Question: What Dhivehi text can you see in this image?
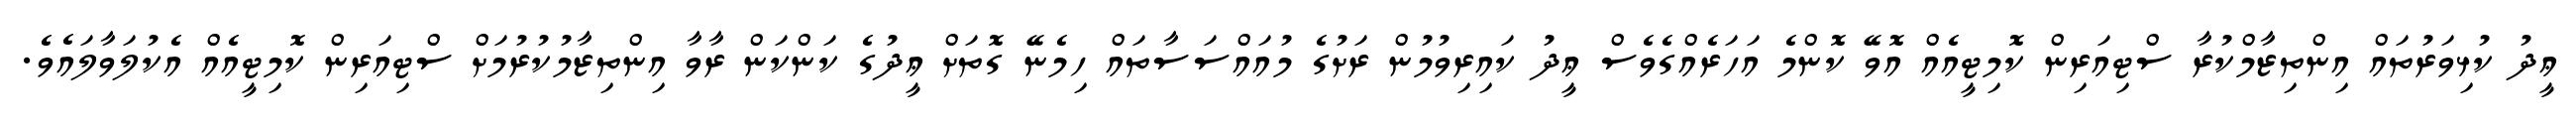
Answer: ޢީދު ކުޅިވަރުތައް އިންތިޒާމްކުރާ ސްޓިއަރިން ކޮމިޓީއެއް އޮވޭ ކޮންމެ އަހަރެއްގެވެސް ޢީދު ކައިރިވުމުން ރަށުގެ މުއައްސަސާތައް ހިމެނޭ ގޮތަށް ޢީދުގެ ކަންކަން ރާވާ އިންތިޒާމުކުރުމަށް ސްޓިއަރިން ކޮމިޓީއެއް އެކުލަވާލައެވެ.